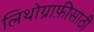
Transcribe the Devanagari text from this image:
लिथोग्राफ़ीसाठी